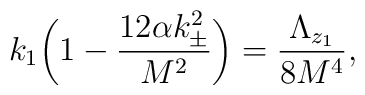
k_1\bigg(1-\frac{12\alpha k_\pm^2}{M^2}\bigg)=\frac{\Lambda_{z_1}}{8M^4},